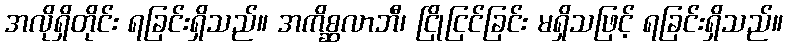
အလိုရှိတိုင်း ရခြင်းရှိသည်။ အကိစ္ဆလာဘီ၊ ငြိုငြင်ခြင်း မရှိသဖြင့် ရခြင်းရှိသည်။